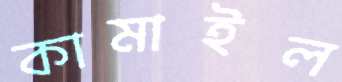
কামাইল